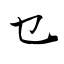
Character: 乜